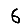
Digit: 6